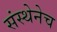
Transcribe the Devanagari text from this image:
संस्थेनेच